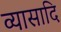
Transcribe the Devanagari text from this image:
व्यासादि